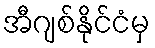
အီဂျစ်နိုင်ငံမှ